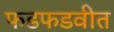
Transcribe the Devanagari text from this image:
फडफडवीत